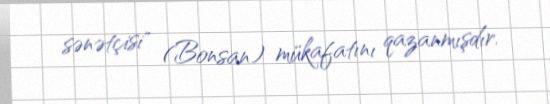
sənətçisi" (Bonsan) mükafatını qazanmışdır.